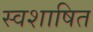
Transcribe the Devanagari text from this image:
स्वशाषित